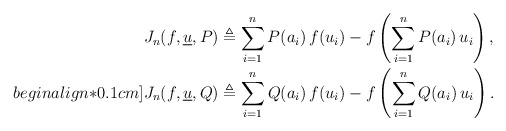
\begin{align*}& J_n(f, \underline{u}, P) \triangleq \sum_{i=1}^n P(a_i) \, f(u_i)- f\left(\sum_{i=1}^n P(a_i) \, u_i \right), \\begin{align*}0.1cm]& J_n(f, \underline{u}, Q) \triangleq \sum_{i=1}^n Q(a_i) \, f(u_i)- f\left(\sum_{i=1}^n Q(a_i) \, u_i \right).\end{align*}